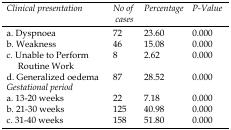
<table><thead><tr><td><b><i>Clinical presentation</i></b></td><td><b><i>No of cases</i></b></td><td><b><i>Percentage</i></b></td><td><b><i>P-Value</i></b></td></tr></thead><tbody><tr><td>a. Dyspnoea</td><td>72</td><td>23.60</td><td>0.000</td></tr><tr><td>b. Weakness</td><td>46</td><td>15.08</td><td>0.000</td></tr><tr><td>c. Unable to Perform Routine Work</td><td>8</td><td>2.62</td><td>0.000</td></tr><tr><td>d. Generalized oedema</td><td>87</td><td>28.52</td><td>0.000</td></tr><tr><td><i>Gestational period</i></td></tr><tr><td>a. 13-20 weeks</td><td>22</td><td>7.18</td><td>0.000</td></tr><tr><td>b. 21-30 weeks</td><td>125</td><td>40.98</td><td>0.000</td></tr><tr><td>c. 31-40 weeks</td><td>158</td><td>51.80</td><td>0.000</td></tr></tbody></table>